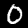
Label: 0